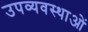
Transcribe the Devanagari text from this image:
उपव्यवस्थाओं